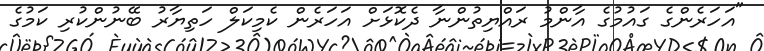
"އަހަރެންގެ ގައުމުގެ އާންމު ރައްޔިތުންނާ ދެކޮޅަށް އަހަރެން ކެމިކަލް ހަތިޔާރު ބޭނުންކުރި ކަމުގެ